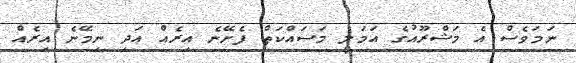
ނަމަވެސް އެ މަޝްރޫއުގެ އަމަލީ މަސައްކަތް ފެށޭނެ އިރެއް އަދި ނިމޭނެ އިރެއް